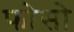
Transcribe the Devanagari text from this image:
फोसो